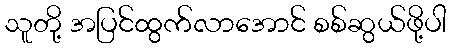
သူတို့ အပြင်ထွက်လာအောင် စစ်ဆွယ်ဖို့ပါ